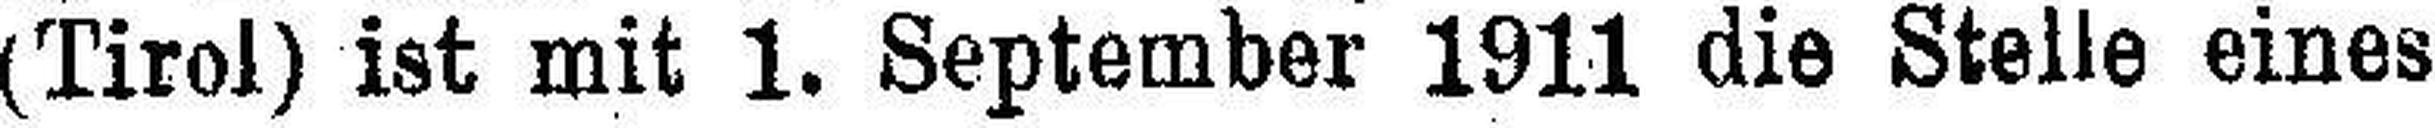
(Tirol) ist mit 1. September 1911 die Stelle eines